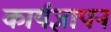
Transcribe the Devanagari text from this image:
कार्यज्ञापन